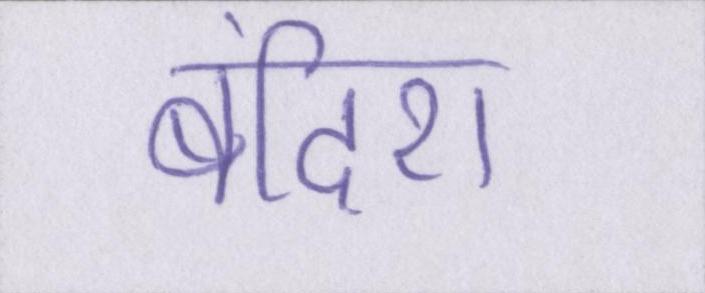
बंदिश